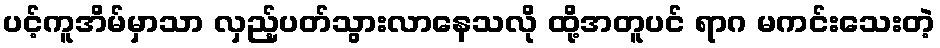
ပင့်ကူအိမ်မှာသာ လှည့်ပတ်သွားလာနေသလို ထို့အတူပင် ရာဂ မကင်းသေးတဲ့